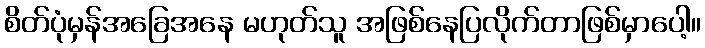
စိတ်ပုံမှန်အခြေအနေ မဟုတ်သူ အဖြစ်နေပြလိုက်တာဖြစ်မှာပေါ့။